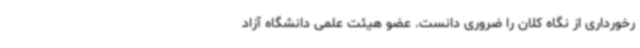
رخورداری از نگاه کلان را ضروری دانست. عضو هیئت علمی دانشگاه آزاد